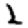
Digit: 2